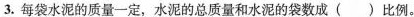
3.每袋水泥的质量一定，水泥的总质量和水泥的袋数成()比例。